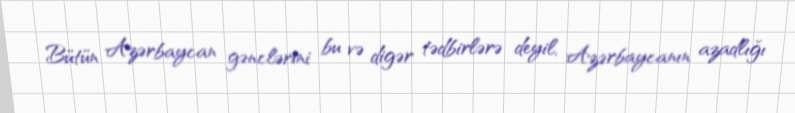
Bütün Azərbaycan gənclərini bu və digər tədbirlərə deyil, Azərbaycanın azadlığı